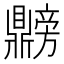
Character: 𫜡